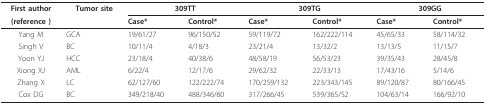
| First author | Tumor site | <COLSPAN=2> 309TT | <COLSPAN=2> 309TG | <COLSPAN=2> 309GG |
 | (reference ) |  | Case* | Control* | Case* | Control* | Case* | Control* |
 | --- | --- | --- | --- | --- | --- | --- | --- |
 | Yang M | GCA | 19/61/27 | 96/150/52 | 59/119/72 | 162/222/114 | 45/65/33 | 58/114/32 |
 | Singh V | BC | 10/11/4 | 4/18/3 | 23/21/4 | 13/32/2 | 13/13/5 | 11/15/7 |
 | Yoon YJ | HCC | 23/18/4 | 40/38/6 | 48/58/19 | 56/53/23 | 39/35/43 | 28/45/8 |
 | Xiong XJ | AML | 6/22/4 | 12/17/6 | 29/62/32 | 22/33/13 | 17/43/16 | 5/14/6 |
 | Zhang X | LC | 62/127/60 | 122/222/74 | 170/259/132 | 223/343/145 | 89/120/87 | 80/166/45 |
 | Cox DG | BC | 349/218/40 | 488/346/60 | 317/266/45 | 539/365/52 | 104/63/14 | 166/92/10 |